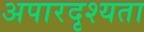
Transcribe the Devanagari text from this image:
अपारदृश्यता